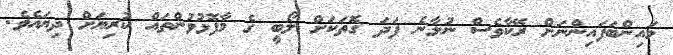
މައިންބަފައިންނަށް ރޭކާވެސް ނުލާނެ ފަދަ ގޮތަކަށް ލޯބީ ގެ މާފޮޅުވުންތައް ކުރިޔަށް ދިޔައެވެ.